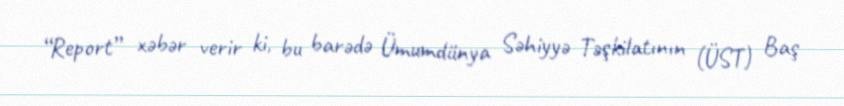
“Report” xəbər verir ki, bu barədə Ümumdünya Səhiyyə Təşkilatının (ÜST) Baş